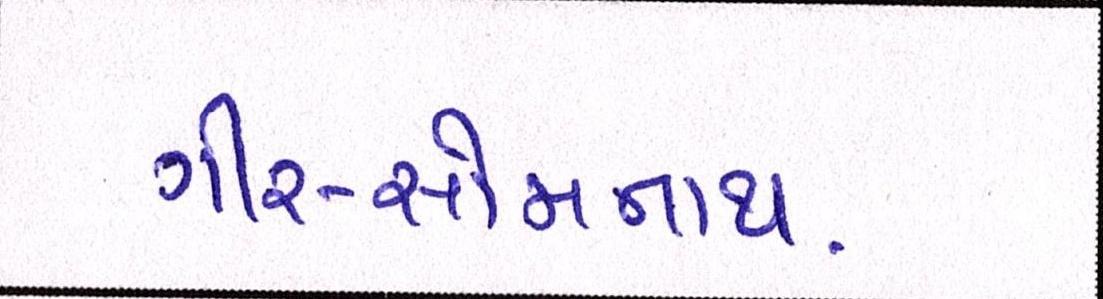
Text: ગીર-સોમનાથ